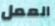
العمل